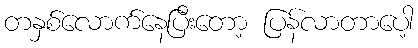
တနှစ်လောက်နေပြီးတော့ ပြန်လာတာပေါ့